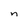
Character: n